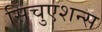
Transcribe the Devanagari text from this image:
सिचुएशन्स